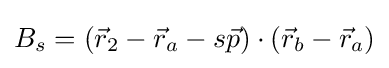
B_{s}=({\vec {r}}_{2}-{\vec {r}}_{a}-s{\vec {p}})\cdot ({\vec {r}}_{b}-{\vec {r}}_{a})